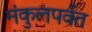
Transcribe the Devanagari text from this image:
मंकुलपर्वत